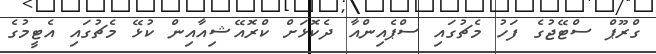
ގްރޫޕް ސްޓޭޖުގެ ފަހު މެޗުގައި ސްޕެއިންއާ ދެކޮޅަށް ކްރޮއޭޝިއާއިން ކުޅޭ މެޗުގައި އެޓީމުގެ